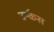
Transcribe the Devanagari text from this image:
उन्कैस